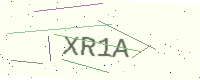
Text: XR1A